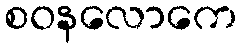
စဝနလောကေ